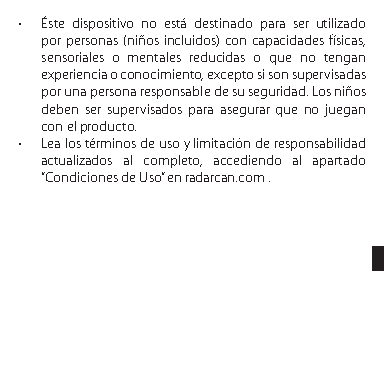
• Éste dispositivo no está destinado para ser utilizado
 por personas (niños incluidos) con capacidades físicas,
 sensoriales o mentales reducidas o que no tengan
 experiencia o conocimiento, excepto si son su pervisadas
 por una persona responsable de su seguridad. Los niños
 deben ser supervisados para asegurar que no juegan
 con el producto.
 • Lea los términos de uso y limitación de responsabilidad
 actualizados al completo, accediendo al apartado
 “Condiciones de Uso” en radarcan.com .